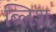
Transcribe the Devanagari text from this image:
ब्लिश